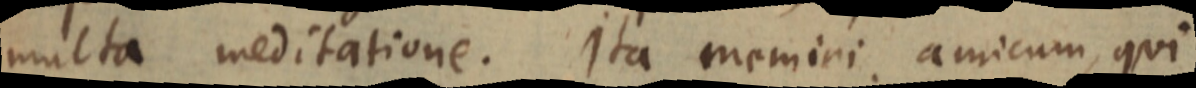
multa meditatione. Ita memini amicum, qui